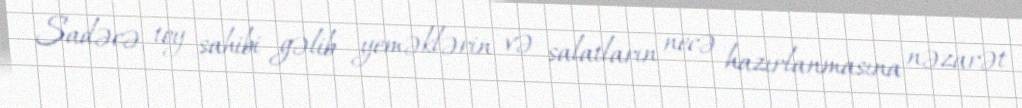
Sadəcə, toy sahibi gəlib yeməklərin və salatların necə hazırlanmasına nəzarət